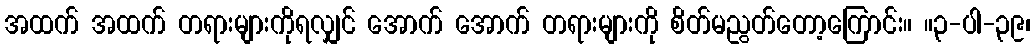
အထက် အထက် တရားများကိုရလျှင် အောက် အောက် တရားများကို စိတ်မညွတ်တော့ကြောင်း။ ။၃-ပါ-၃၉၊